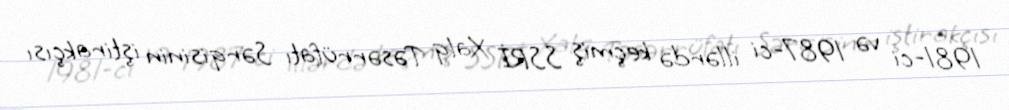
1981-ci və 1987-ci illərdə keçmiş SSRİ Xalq Təsərrüfatı Sərqisinin iştirakçısı